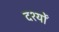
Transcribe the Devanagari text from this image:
दर्श्यों